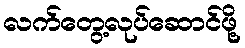
လက်တွေ့လုပ်ဆောင်ဖို့